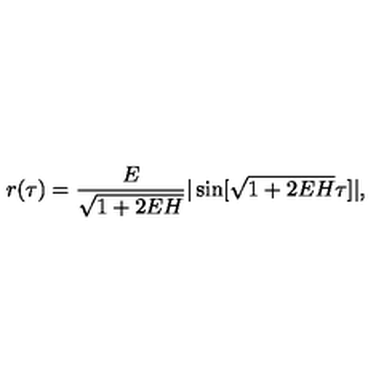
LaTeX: r ( \tau ) = \frac { E } { \sqrt { 1 + 2 E H } } | \sin [ \sqrt { 1 + 2 E H } \tau ] | ,